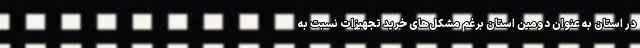
در استان به عنوان دومین استان برغم مشکل‌های خرید تجهیزات نسبت به